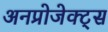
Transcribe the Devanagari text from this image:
अनप्रोजेक्ट्स